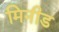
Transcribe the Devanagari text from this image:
मिनीड